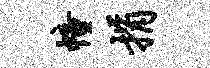
幢捐